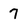
Character: 7